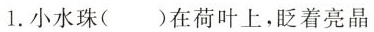
1.小水珠()在荷叶上，眨着亮晶